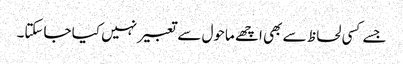
جسے کسی لحاظ سے بھی اچھے ماحول سے تعبیر نہیں کیا جاسکتا۔